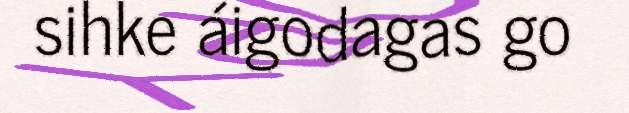
sihke áigodagas go